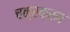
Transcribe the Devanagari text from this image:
चक्रक्रम